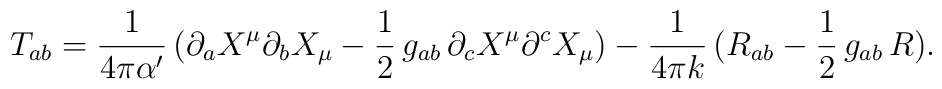
T_{ab}=\frac{1}{4\pi\alpha'}\,(\partial_a X^\mu\partial_b X_\mu-{\frac12}\,g_{ab}\,\partial_c X^\mu\partial^c X_\mu)-\frac{1}{4\pi k}\,(R_{ab}-{\frac12}\,g_{ab}\,R).